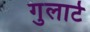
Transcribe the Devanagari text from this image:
गुलार्ट